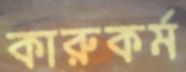
কারুকর্ম